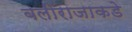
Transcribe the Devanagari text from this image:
बलीराजाकडे